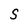
Character: S